Report of the Bombay Veterinary College
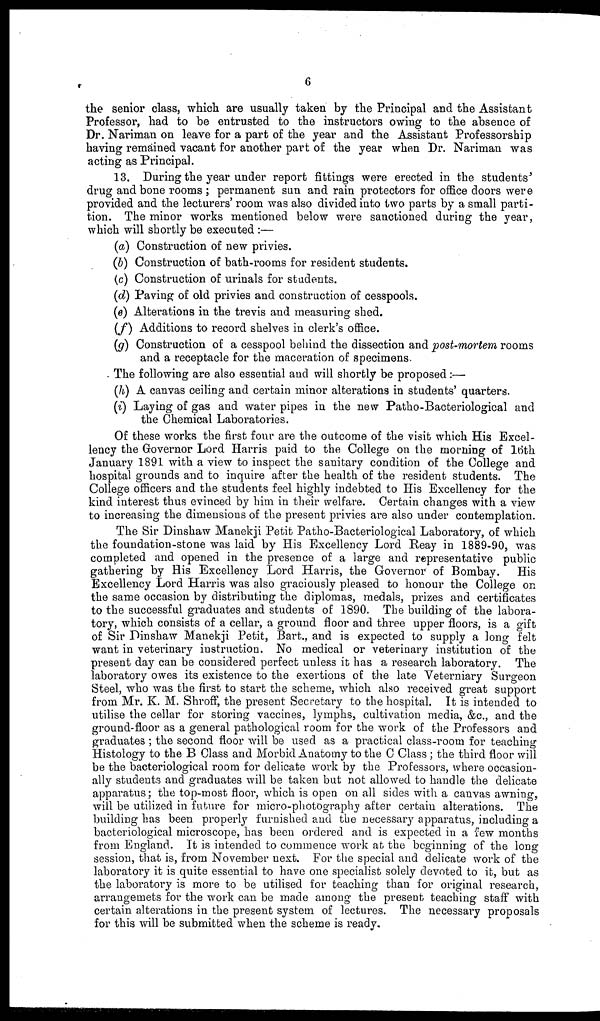
6
the senior class, which are usually taken by the Principal and the Assistant
Professor, had to be entrusted to the instructors owing to the absence of
Dr. Nariman on leave for a part of the year and the Assistant Professorship
having remained vacant for another part of the year when Dr. Nariman was
acting as Principal.
13. During the year under report fittings were erected in the students'
drug and bone rooms ; permanent sun and rain protectors for office doors were
provided and the lecturers' room was also divided into two parts by a small parti-
tion. The minor works mentioned below were sanctioned during the year,
which will shortly be executed :—
(a) Construction of new privies.
(b) Construction of bath-rooms for resident students.
(c) Construction of urinals for students.
(d) Paving of old privies and construction of cesspools.
(e) Alterations in the trevis and measuring shed.
(f) Additions to record shelves in clerk's office.
(g) Construction of a cesspool behind the dissection and post-mortem rooms
and a receptacle for the maceration of specimens.
The following are also essential and will shortly be proposed :—
(h) A canvas ceiling and certain minor alterations in students' quarters.
(i) Laying of gas and water pipes in the new Patho-Bacteriological and
the Chemical Laboratories.
Of these works the first four are the outcome of the visit which His Excel-
lency the Governor Lord Harris paid to the College on the morning of 16th
January 1891 with a view to inspect the sanitary condition of the College and
hospital grounds and to inquire after the health of the resident students. The
College officers and the students feel highly indebted to His Excellency for the
kind interest thus evinced by him in their welfare. Certain changes with a view
to increasing the dimensions of the present privies are also under contemplation.
The Sir Dinshaw Manekji Petit Patho-Bacteriological Laboratory, of which
the foundation-stone was laid by His Excellency Lord Reay in 1889-90, was
completed and opened in the presence of a large and representative public
gathering by His Excellency Lord Harris, the Governor of Bombay. His
Excellency Lord Harris was also graciously pleased to honour the College on
the same occasion by distributing the diplomas, medals, prizes and certificates
to the successful graduates and students of 1890. The building of the labora-
tory, which consists of a cellar, a ground floor and three upper floors, is a gift
of Sir Dinshaw Manekji Petit, Bart., and is expected to supply a long felt
want in veterinary instruction. No medical or veterinary institution of the
present day can be considered perfect unless it has a research laboratory. The
laboratory owes its existence to the exertions of the late Veterniary Surgeon
Steel, who was the first to start the scheme, which also received great support
from Mr. K. M. Shroff, the present Secretary to the hospital. It is intended to
utilise the cellar for storing vaccines, lymphs, cultivation media, &c., and the
ground-floor as a general pathological room for the work of the Professors and
graduates ; the second floor will be used as a practical class-room for teaching
Histology to the B Class and Morbid Anatomy to the C Class; the third floor will
be the bacteriological room for delicate work by the Professors, where occasion-
ally students and graduates will be taken but not allowed to handle the delicate
apparatus; the top-most floor, which is open on all sides with a canvas awning,
will be utilized in future for micro-photography after certain alterations. The
building has been properly furnished and the necessary apparatus, including a
bacteriological microscope, has been ordered and is expected in a few months
from England. It is intended to commence work at the beginning of the long
session, that is, from November next. For the special and delicate work of the
laboratory it is quite essential to have one specialist solely devoted to it, but as
the laboratory is more to be utilised for teaching than for original research,
arrangemets for the work can be made among the present teaching staff with
certain alterations in the present system of lectures. The necessary proposals
for this will be submitted when the scheme is ready.